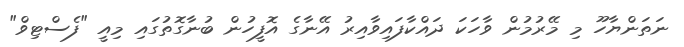
ނަތަންޔާހޫ މި މޭރުމުން ވާހަކަ ދައްކާފައިވާއިރު އޭނާގެ އޮފީހުން ބުނާގޮތުގައި މިއީ "ފެސްޓިވް"